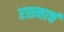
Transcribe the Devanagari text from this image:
रस्त्याचं